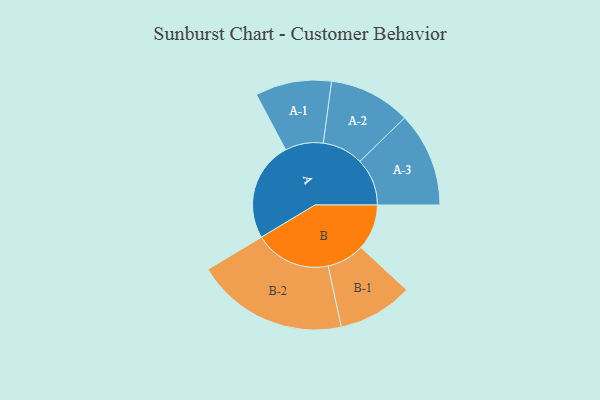
{"axis": {"x": "Segment", "y": "Value"}, "legend": ["", "A", "B"], "data": [{"x": "A", "y": 324, "type": ""}, {"x": "B", "y": 149, "type": ""}, {"x": "A-1", "y": 124, "type": "A"}, {"x": "A-2", "y": 133, "type": "A"}, {"x": "A-3", "y": 154, "type": "A"}, {"x": "B-1", "y": 122, "type": "B"}, {"x": "B-2", "y": 248, "type": "B"}]}